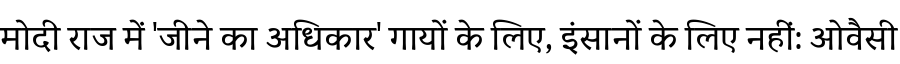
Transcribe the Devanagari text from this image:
मोदी राज में 'जीने का अधिकार' गायों के लिए, इंसानों के लिए नहीं: ओवैसी